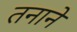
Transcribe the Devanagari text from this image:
तनाने